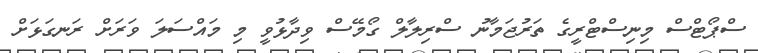
ސްޕޯޓްސް މިނިސްޓްރީގެ ތަރުޖަމާނު ސްރިލާލް ގޯމޭސް ވިދާޅުވީ މި މައްސަލަ ވަރަށް ރަނގަަޅަށް